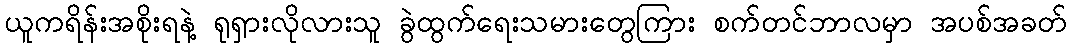
ယူကရိန်းအစိုးရနဲ့ ရုရှားလိုလားသူ ခွဲထွက်ရေးသမားတွေကြား စက်တင်ဘာလမှာ အပစ်အခတ်